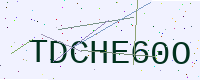
Text: TDCHE60O